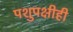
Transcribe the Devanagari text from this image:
पशुपक्षीही